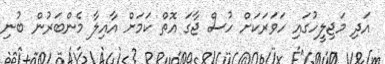
އަދި މަޖިލީހުގައި ހަވަރަކަށް ހުސް ޖާގަ އޮތް ކަމަށް އާއިލާ މެންބަރުން ބުނި